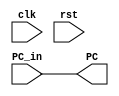
module EXE_Stage(
    input clk, rst,
    input [31:0] PC_in,
    output [31:0] PC
);

    assign PC = PC_in;

endmodule